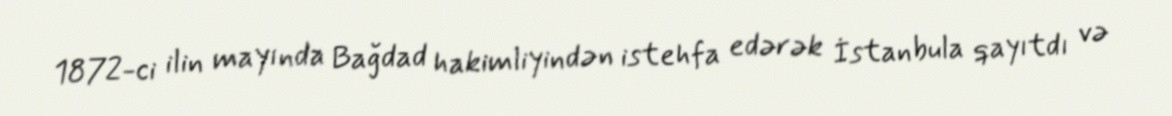
1872-ci ilin mayında Bağdad hakimliyindən istehfa edərək İstanbula qayıtdı və